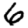
Digit: 6